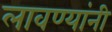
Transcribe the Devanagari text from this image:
लावण्यांनी